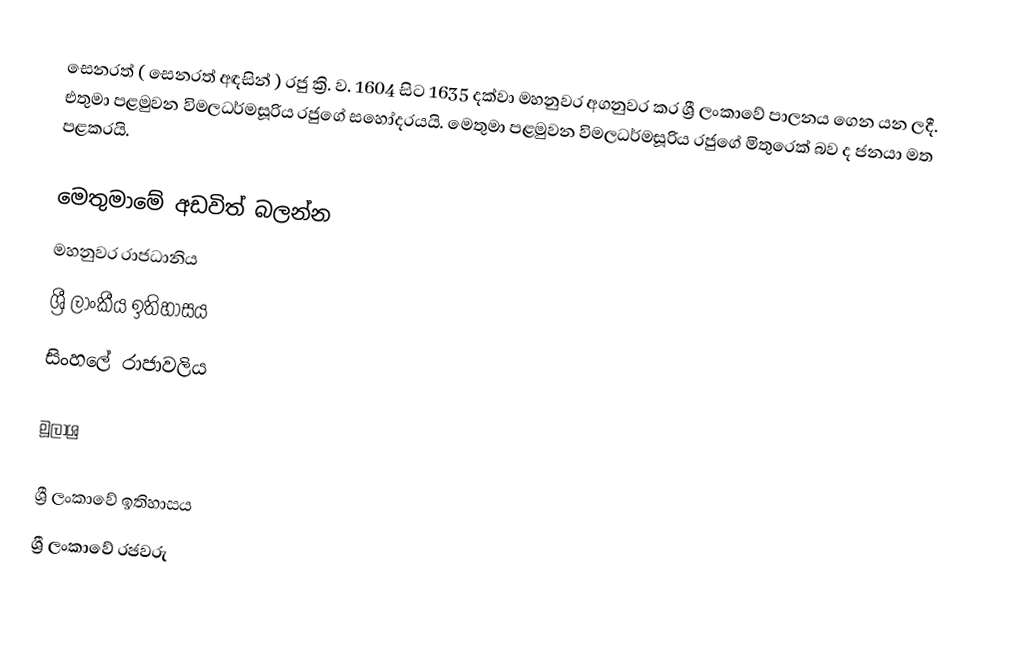
සෙනරත් ( සෙනරත් අඳසින් ) රජු  ක්‍රි. ව. 1604 සිට 1635 දක්වා මහනුවර අගනුවර කර ශ්‍රී ලංකාවේ පාලනය ගෙන යන ලදී. එතුමා පළමුවන විමලධර්මසූරිය රජුගේ සහෝදරයයි. ‌මෙතුමා පළමුවන විමලධර්මසූරිය රජුගේ මිතුරෙක් බව ද ජනයා මත පළකරයි.

මෙතුමාමේ අඩවිත් බලන්න
 මහනුවර රාජධානිය
 ශ්‍රී ලාංකීය ඉතිහාසය
 සිංහලේ රාජාවලිය

මූලාශ්‍ර

ශ්‍රී ලංකාවේ ඉතිහාසය
ශ්‍රී ලංකාවේ රජවරු